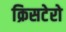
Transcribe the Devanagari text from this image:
क्रिसटेरो